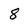
Character: 8